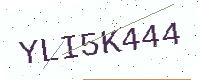
Text: YLI5K444